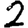
Digit: 2